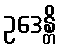
ဥဒေန္တိ